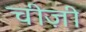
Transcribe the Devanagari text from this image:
चीज़ी